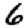
Digit: 6